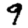
Digit: 9